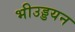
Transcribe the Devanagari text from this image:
भीउड्डयन